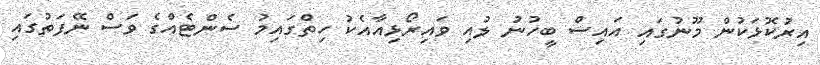
އިރުކޮޅަކުން މޫނުގައި އައިސް ބީހުނު ލުއި ވައިރޯޅިއާއެކު ހިތްގައިމު ސެންޓެއްގެ ވަސް ނޭފަތުގައި